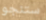
ستنجو